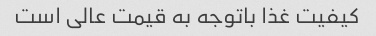
کیفیت غذا باتوجه به قیمت عالی است